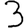
Digit: 3